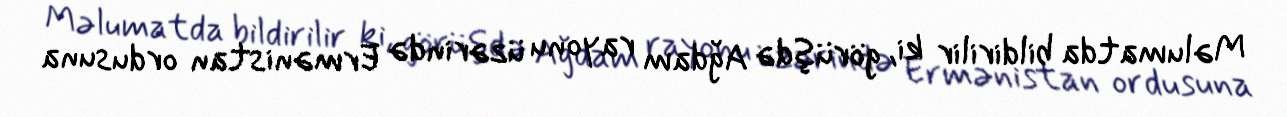
Məlumatda bildirilir ki, görüşdə Ağdam rayonu üzərində Ermənistan ordusuna